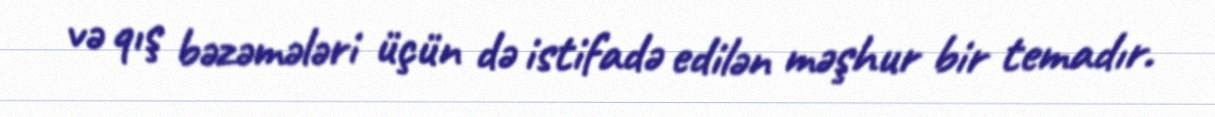
və qış bəzəmələri üçün də istifadə edilən məşhur bir temadır.